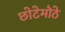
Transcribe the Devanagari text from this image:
छोटेमॊठे